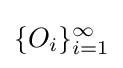
\{O_{i}\}_{i=1}^{\infty }